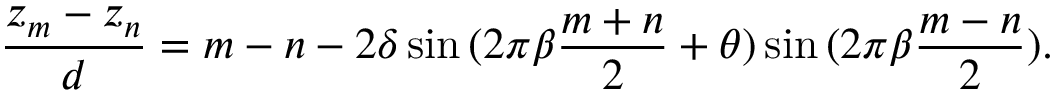
\frac { z _ { m } - z _ { n } } { d } = m - n - 2 \delta \sin { ( 2 \pi \beta \frac { m + n } { 2 } + \theta ) } \sin { ( 2 \pi \beta \frac { m - n } { 2 } ) } .